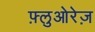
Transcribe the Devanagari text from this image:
फ़्लुओरेज़